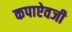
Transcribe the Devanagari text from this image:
कपाऐवजी